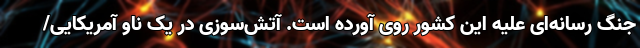
جنگ رسانه‌ای علیه این کشور روی آورده است. آتش‌سوزی در یک ناو آمریکایی/